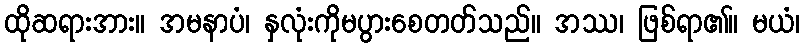
ထိုဆရားအား။ အမနာပံ၊ နှလုံးကိုမပွားစေတတ်သည်။ အဿ၊ ဖြစ်ရာ၏။ မယံ၊